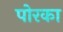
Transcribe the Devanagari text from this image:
पोरका